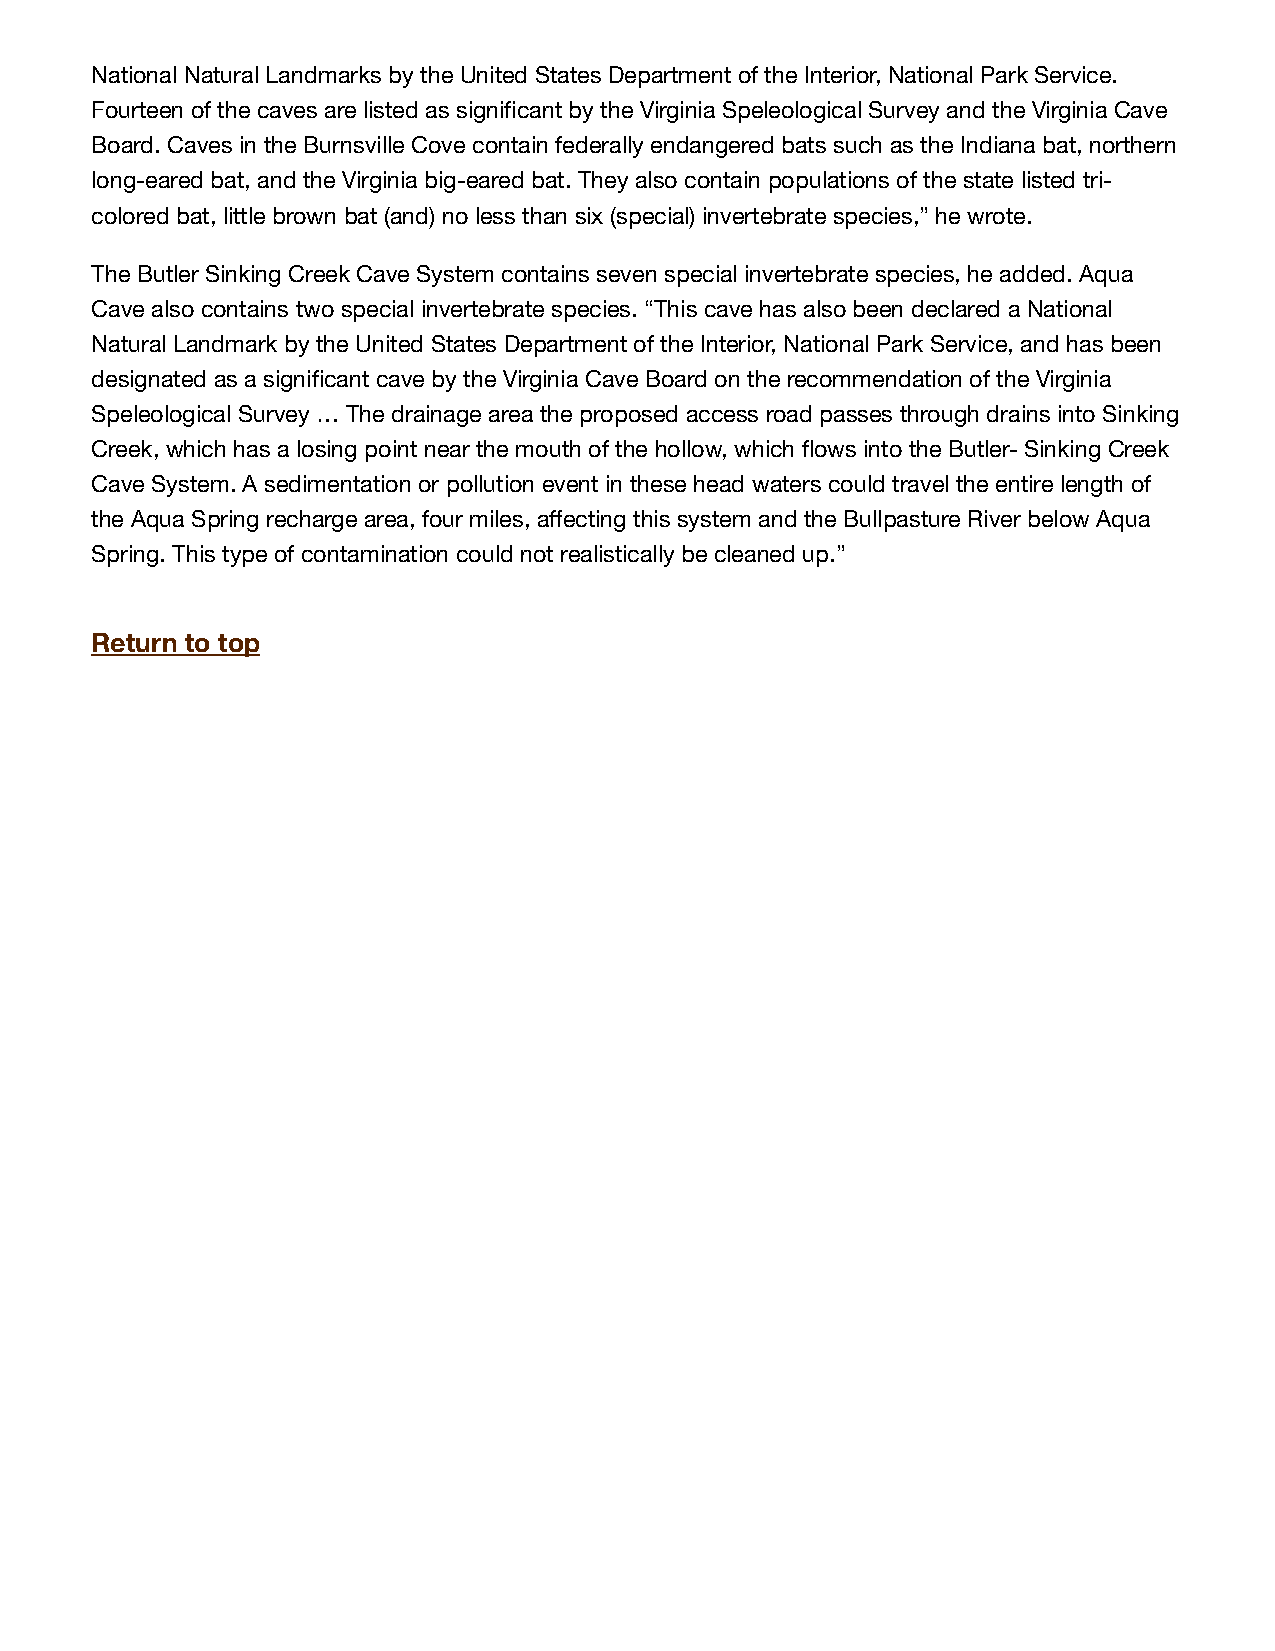
National Natural Landmarks by the United States Department of the Interior, National Park Service.
 Fourteen of the caves are listed as significant by the Virginia Speleological Survey and the Virginia Cave
 Board. Caves in the Burnsville Cove contain federally endangered bats such as the Indiana bat, northern
 long-eared bat, and the Virginia big-eared bat. They also contain populations of the state listed tri-
 colored bat, little brown bat (and) no less than six (special) invertebrate species,” he wrote.
 The Butler Sinking Creek Cave System contains seven special invertebrate species, he added. Aqua
 Cave also contains two special invertebrate species. “This cave has also been declared a National
 Natural Landmark by the United States Department of the Interior, National Park Service, and has been
 designated as a significant cave by the Virginia Cave Board on the recommendation of the Virginia
 Speleological Survey … The drainage area the proposed access road passes through drains into Sinking
 Creek, which has a losing point near the mouth of the hollow, which flows into the Butler- Sinking Creek
 Cave System. A sedimentation or pollution event in these head waters could travel the entire length of
 the Aqua Spring recharge area, four miles, affecting this system and the Bullpasture River below Aqua
 Spring. This type of contamination could not realistically be cleaned up.”
 Return to top